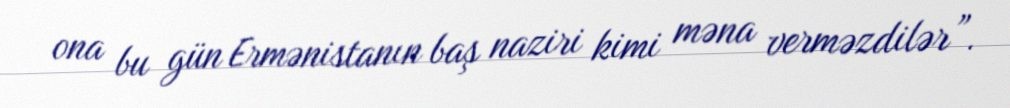
ona bu gün Ermənistanın baş naziri kimi məna verməzdilər”.